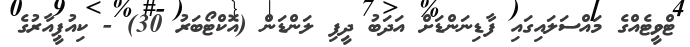
ޓްވީޓެއްގެ މައްސަލައިގައި ފާޑިނަންޑަށް އަދަބު ދީފި ލަންޑަން (އޮކްޓޯބަރު 30) - ކިއުޕީއާރުގެ